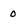
Character: 0